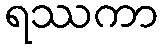
ရဿကာ